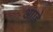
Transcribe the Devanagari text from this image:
आाहे